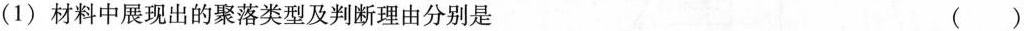
(1)材料中展现出的聚落类型及判断理由分别是 ()